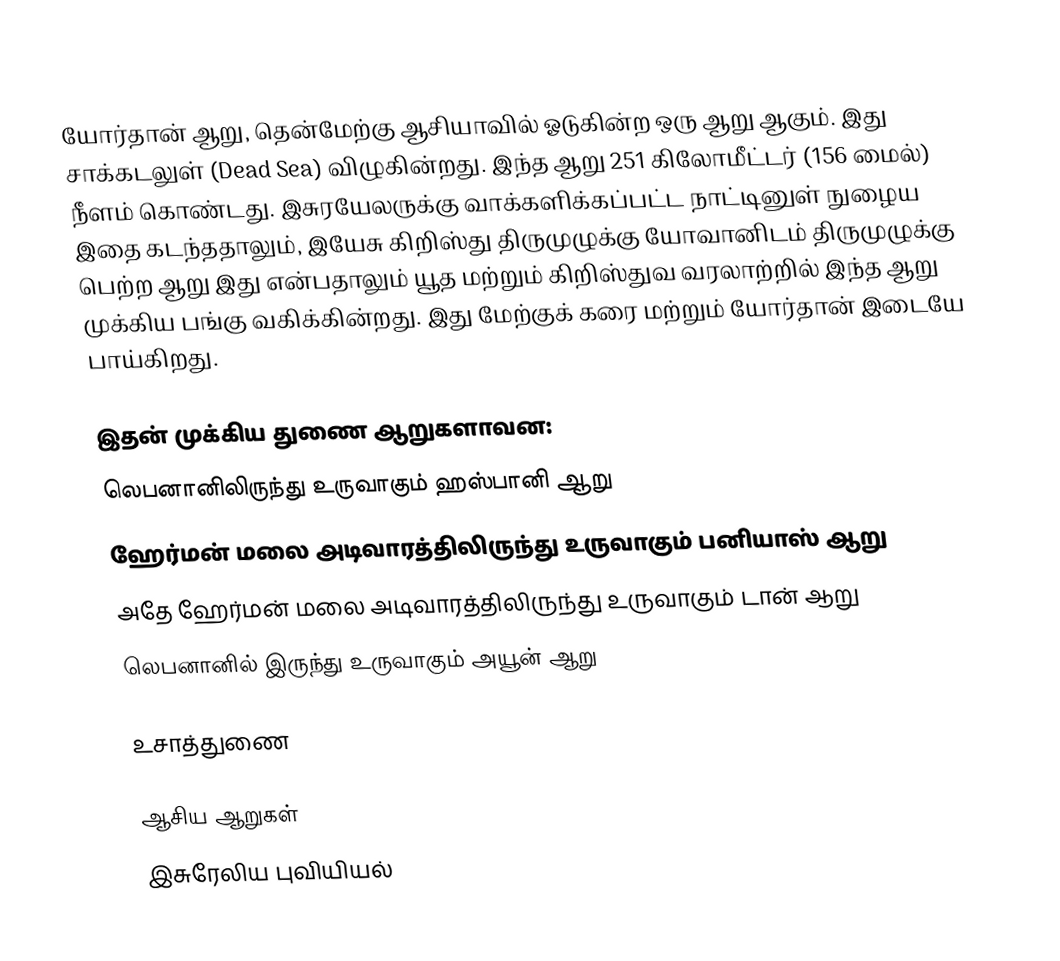
யோர்தான் ஆறு, தென்மேற்கு ஆசியாவில் ஓடுகின்ற ஒரு ஆறு ஆகும். இது சாக்கடலுள் (Dead Sea) விழுகின்றது. இந்த ஆறு 251 கிலோமீட்டர் (156 மைல்) நீளம் கொண்டது. இசுரயேலருக்கு வாக்களிக்கப்பட்ட நாட்டினுள் நுழைய இதை கடந்ததாலும், இயேசு கிறிஸ்து திருமுழுக்கு யோவானிடம் திருமுழுக்கு பெற்ற ஆறு இது என்பதாலும் யூத மற்றும் கிறிஸ்துவ வரலாற்றில் இந்த ஆறு முக்கிய பங்கு வகிக்கின்றது.  இது மேற்குக் கரை மற்றும் யோர்தான் இடையே பாய்கிறது.

இதன் முக்கிய துணை ஆறுகளாவன:
 லெபனானிலிருந்து உருவாகும் ஹஸ்பானி ஆறு
 ஹேர்மன் மலை அடிவாரத்திலிருந்து உருவாகும் பனியாஸ் ஆறு
 அதே ஹேர்மன் மலை அடிவாரத்திலிருந்து உருவாகும் டான் ஆறு
 லெபனானில் இருந்து உருவாகும் அயூன் ஆறு

உசாத்துணை

ஆசிய ஆறுகள்
இசுரேலிய புவியியல்